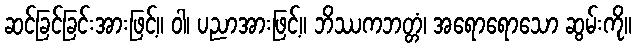
ဆင်ခြင်ခြင်းအားဖြင့်။ ဝါ၊ ပညာအားဖြင့်။ ဘိဿကဘတ္တံ၊ အရောရောသော ဆွမ်းကို။